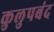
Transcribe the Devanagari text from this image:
कुलुपबंद